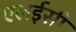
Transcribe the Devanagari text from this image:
एलईसी